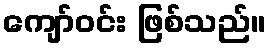
ကျော်ဝင်း ဖြစ်သည်။